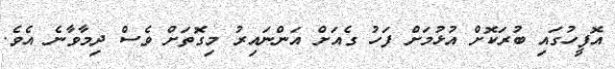
އޮފީހުގައި ބުރަކޮށް އުޅުމަށް ފަހު ގެއަށް އަންނައިރު މިގޮތަށް ވެސް ދިމާވާނެ އެވެ.